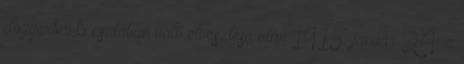
doggerbanki csatában való elvesztése után 1915. január 24. a